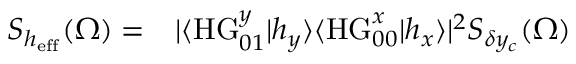
\begin{array} { r l } { S _ { h _ { \mathrm { e f f } } } ( \Omega ) = } & { { } | \langle \mathrm { H G } _ { 0 1 } ^ { y } | h _ { y } \rangle \langle \mathrm { H G } _ { 0 0 } ^ { x } | h _ { x } \rangle | ^ { 2 } S _ { \delta y _ { c } } ( \Omega ) } \end{array}